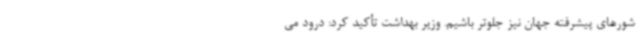
شورهای پیشرفته جهان نیز جلوتر باشیم. وزیر بهداشت تأکید کرد: درود می